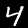
Label: 4